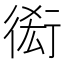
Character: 𧗫